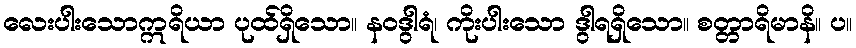
လေးပါးသောဣရိယာ ပုထ်ရှိသော။ နဝဒွါရံ၊ ကိုးပါးသော ဒွါရရှိသော။ စတ္တာရိမာနိ။ ပ။